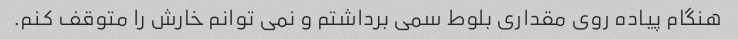
هنگام پیاده روی مقداری بلوط سمی برداشتم و نمی توانم خارش را متوقف کنم.